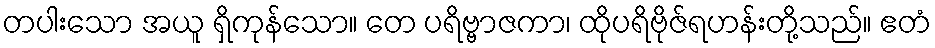
တပါးသော အယူ ရှိကုန်သော။ တေ ပရိဗ္ဗာဇကာ၊ ထိုပရိဗိုဇ်ရဟန်းတို့သည်။ ဧတံ